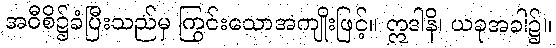
အဝီစိ၌ခံပြီးသည်မှ ကြွင်းသောအကျိုးဖြင့်။ ဣဒါနိ၊ ယခုအခါ၌။